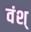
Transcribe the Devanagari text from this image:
वंश्